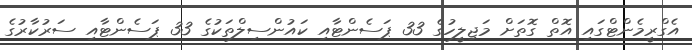
އެގްރީމެންޓްގައި އޮތް ގޮތަށް މަޖިލީހުގެ 33 ޕަސެންޓާއި ކައުންސިލްތަކުގެ 33 ޕަސެންޓާއި ސަރުކާރުގެ